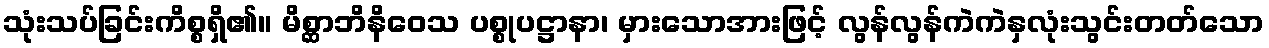
သုံးသပ်ခြင်းကိစ္စရှိ၏။ မိစ္ဆာဘိနိဝေသ ပစ္စုပဋ္ဌာနာ၊ မှားသောအားဖြင့် လွန်လွန်ကဲကဲနှလုံးသွင်းတတ်သော